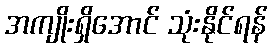
အကျိုးရှိအောင် သုံးနိုင်ရန်